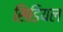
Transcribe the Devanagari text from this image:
सिडियल